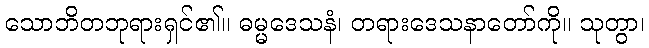
သောဘိတဘုရားရှင်၏။ ဓမ္မဒေသနံ၊ တရားဒေသနာတော်ကို။ သုတွာ၊